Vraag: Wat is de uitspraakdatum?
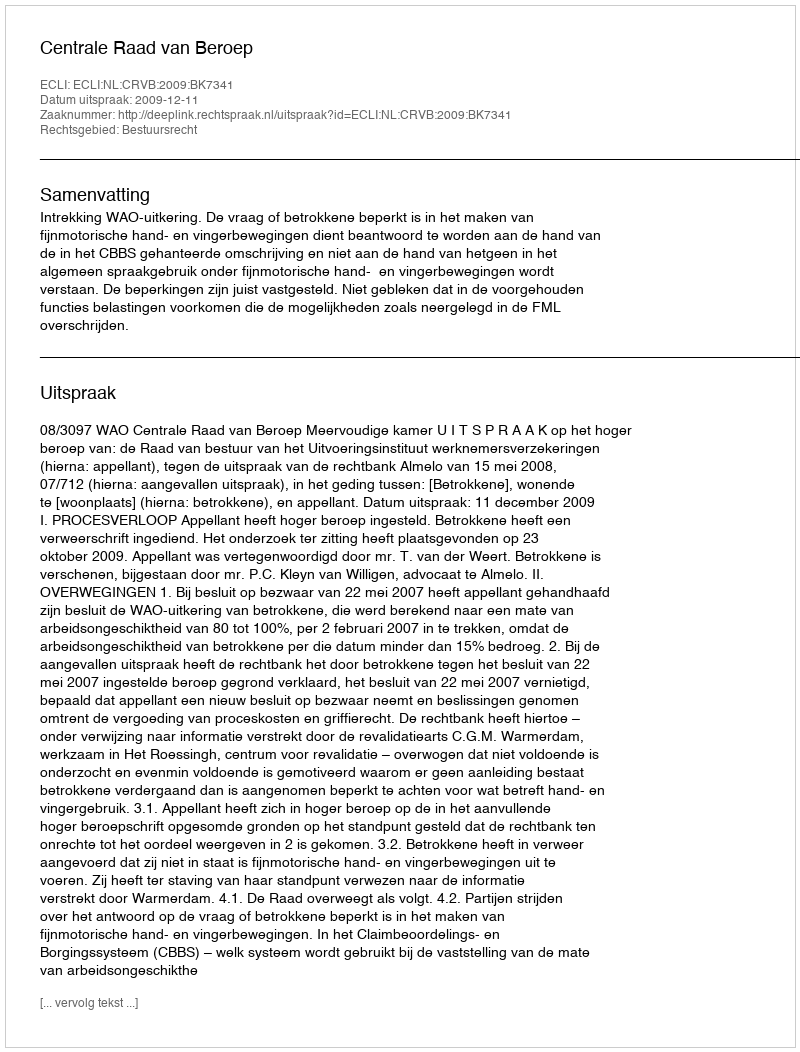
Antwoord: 2009-12-11